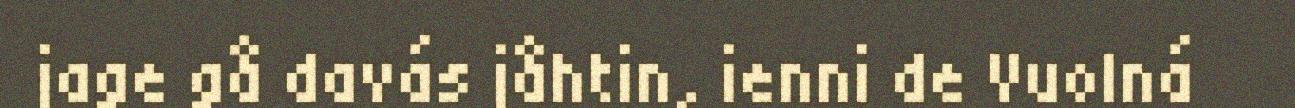
jage gå davás jåhtin, ienni de Vuolná